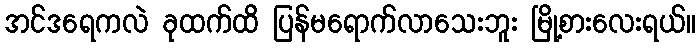
အင်ဒရေကလဲ ခုထက်ထိ ပြန်မရောက်လာသေးဘူး မြို့စားလေးရယ်။